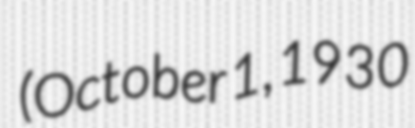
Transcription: (October 1, 1930